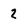
Character: 2